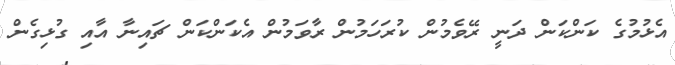
އެޅުމުގެ ކަންކަން ދަނީ ރޭވެމުން ކުރަހަމުން ރާވަމުން އެކަންކަން ޗައިނާ އާއި ގުޅިގެން